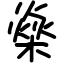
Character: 燊